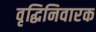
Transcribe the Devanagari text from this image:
वृद्धिनिवारक